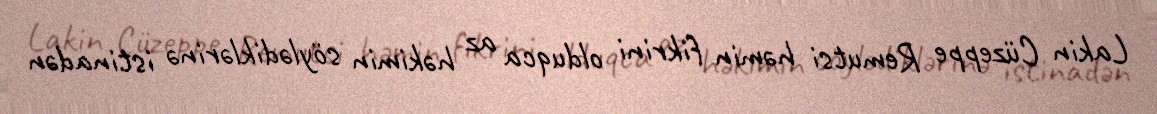
Lakin Cüzeppe Remutsi həmin fikrini olduqca az həkimin söylədiklərinə istinadən